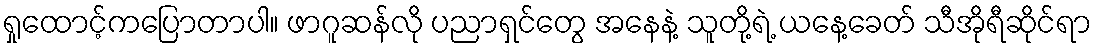
ရှုထောင့်ကပြောတာပါ။ ဖာဂူဆန်လို ပညာရှင်တွေ အနေနဲ့ သူတို့ရဲ့ ယနေ့ခေတ် သီအိုရီဆိုင်ရာ